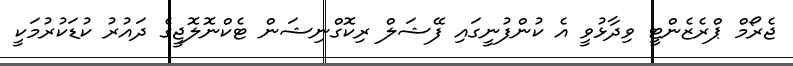
ޖެރޯމް ޕްރެޒެންޓީ ވިދާޅުވީ އެ ކުންފުނީގައި ފޭޝަލް ރިކޮގްނިޝަން ޓެކްނޮލޮޖީގެ ދައުރު ކުޑަކުރުމަކީ